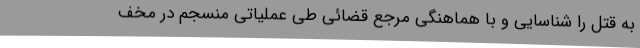
به قتل را شناسایی و با هماهنگی مرجع قضائی طی عملیاتی منسجم در مخف